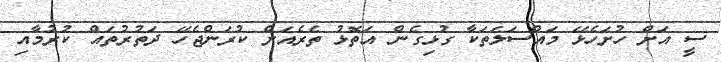
ސީ އަށް ހުށަހެޅޭ މައްސަލަތަކާ ގުޅިގެން އަތޮޅު ތެރެއަށް ކުރަންޖެހޭ ދަތުރުތައް ކުރުމާއި